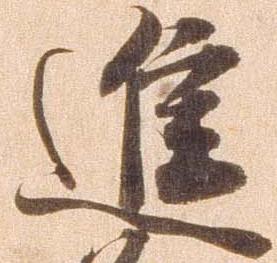
進